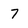
Character: 7